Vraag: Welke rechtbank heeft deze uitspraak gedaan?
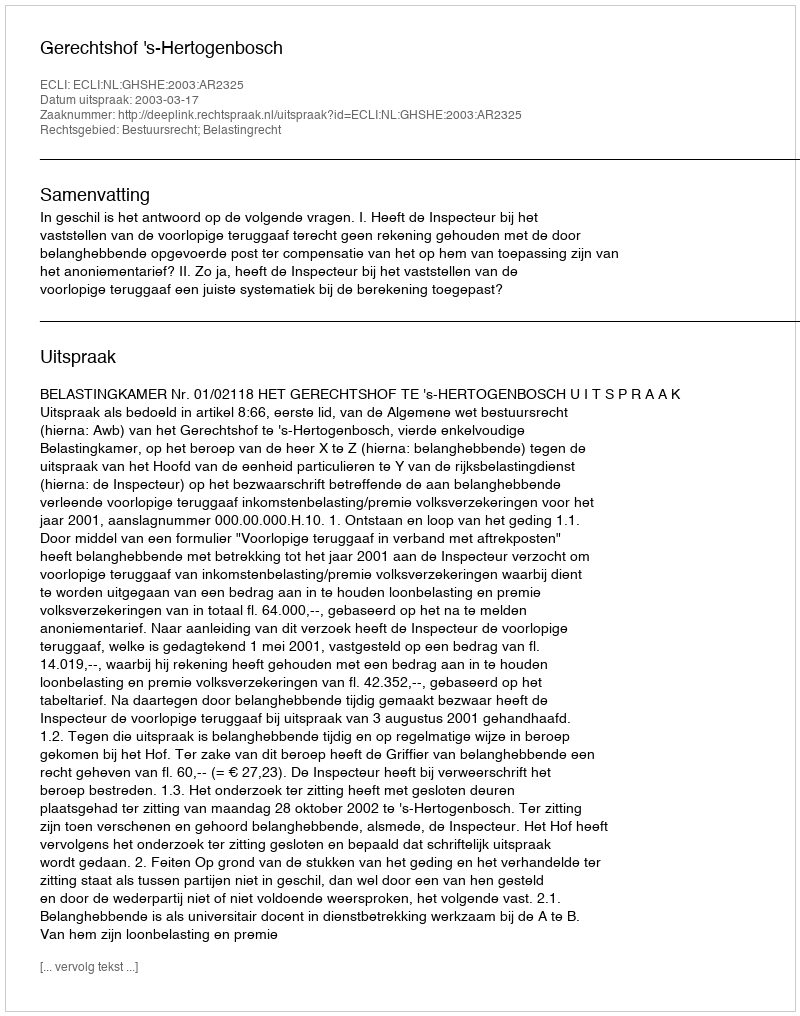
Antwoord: Gerechtshof 's-Hertogenbosch